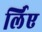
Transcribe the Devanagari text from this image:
र्लिए